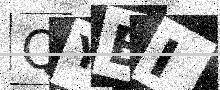
Text: QYBI